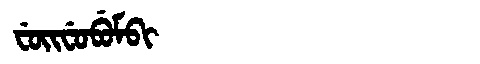
Manchu: ᠸᡠᡳᠸᡠᠪᡠᠮᠪᡳ
Romanization: FUIFUBUMBI